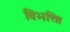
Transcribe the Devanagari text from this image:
विभक्तिः